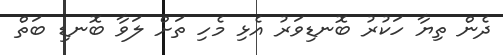
ދެން ތިޔާ ހަކުރު ބޮނޑިވަރު އެޅި މެހި ތަށް ލަވާ ބޮނޑި ބަތް